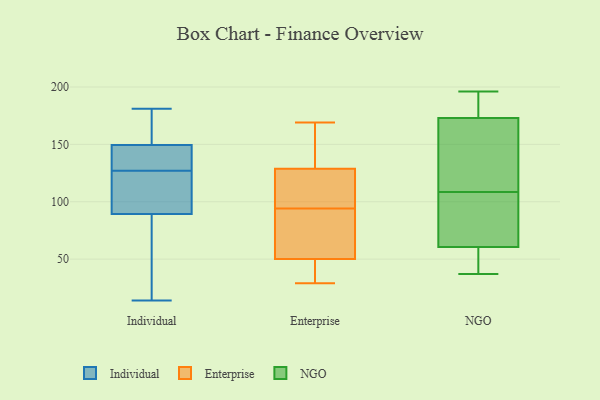
{"axis": {"x": "Latency (ms)", "y": "Value"}, "legend": ["Enterprise", "Individual", "NGO"], "data": [{"x": "", "y": 148, "type": "Individual"}, {"x": "", "y": 102, "type": "Individual"}, {"x": "", "y": 150, "type": "Individual"}, {"x": "", "y": 26, "type": "Individual"}, {"x": "", "y": 86, "type": "Individual"}, {"x": "", "y": 181, "type": "Individual"}, {"x": "", "y": 14, "type": "Individual"}, {"x": "", "y": 164, "type": "Individual"}, {"x": "", "y": 37, "type": "Individual"}, {"x": "", "y": 118, "type": "Individual"}, {"x": "", "y": 99, "type": "Individual"}, {"x": "", "y": 130, "type": "Individual"}, {"x": "", "y": 158, "type": "Individual"}, {"x": "", "y": 147, "type": "Individual"}, {"x": "", "y": 127, "type": "Individual"}, {"x": "", "y": 50, "type": "Enterprise"}, {"x": "", "y": 62, "type": "Enterprise"}, {"x": "", "y": 99, "type": "Enterprise"}, {"x": "", "y": 105, "type": "Enterprise"}, {"x": "", "y": 143, "type": "Enterprise"}, {"x": "", "y": 169, "type": "Enterprise"}, {"x": "", "y": 124, "type": "Enterprise"}, {"x": "", "y": 62, "type": "Enterprise"}, {"x": "", "y": 50, "type": "Enterprise"}, {"x": "", "y": 94, "type": "Enterprise"}, {"x": "", "y": 39, "type": "Enterprise"}, {"x": "", "y": 111, "type": "Enterprise"}, {"x": "", "y": 146, "type": "Enterprise"}, {"x": "", "y": 29, "type": "Enterprise"}, {"x": "", "y": 68, "type": "Enterprise"}, {"x": "", "y": 164, "type": "Enterprise"}, {"x": "", "y": 32, "type": "Enterprise"}, {"x": "", "y": 69, "type": "NGO"}, {"x": "", "y": 174, "type": "NGO"}, {"x": "", "y": 37, "type": "NGO"}, {"x": "", "y": 41, "type": "NGO"}, {"x": "", "y": 131, "type": "NGO"}, {"x": "", "y": 139, "type": "NGO"}, {"x": "", "y": 38, "type": "NGO"}, {"x": "", "y": 144, "type": "NGO"}, {"x": "", "y": 49, "type": "NGO"}, {"x": "", "y": 114, "type": "NGO"}, {"x": "", "y": 172, "type": "NGO"}, {"x": "", "y": 196, "type": "NGO"}, {"x": "", "y": 103, "type": "NGO"}, {"x": "", "y": 92, "type": "NGO"}, {"x": "", "y": 194, "type": "NGO"}, {"x": "", "y": 57, "type": "NGO"}, {"x": "", "y": 184, "type": "NGO"}, {"x": "", "y": 194, "type": "NGO"}, {"x": "", "y": 83, "type": "NGO"}, {"x": "", "y": 64, "type": "NGO"}]}